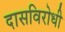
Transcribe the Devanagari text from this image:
दासविरोधी